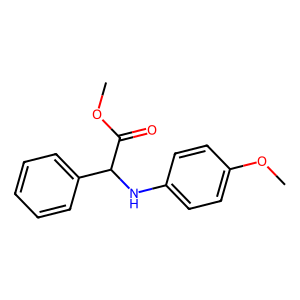
SMILES: COC(=O)C(Nc1ccc(OC)cc1)c1ccccc1
Inhibits HIV replication: No